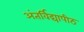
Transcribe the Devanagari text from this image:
अंतर्विद्यापीठ